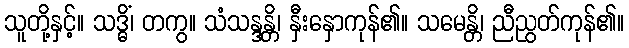
သူတို့နှင့်။ သဒ္ဓိံ၊ တကွ။ သံသန္ဒန္တိ၊ နှီးနှောကုန်၏။ သမေန္တိ၊ ညီညွတ်ကုန်၏။